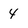
Character: 4